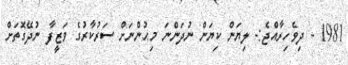
1981 - ދިވެހިރާއްޖެ:- ލިޔަން ކިޔަން ނުދަންނަ މިޙުންނަށް ސަރުކާރުގެ ވަޒީފާ ނުދޭގޮތަށް